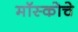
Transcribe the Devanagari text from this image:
मॉस्कोचे